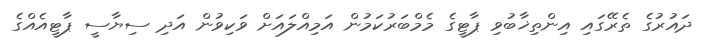
ދައުރުގެ ތެރޭގައި އިންތިޚާބުވި ޕާޓީގެ މެމްބަރުކަމުން އަމިއްލައަށް ވަކިވުން އަދި ސިޔާސީ ޕާޓީއެއްގެ